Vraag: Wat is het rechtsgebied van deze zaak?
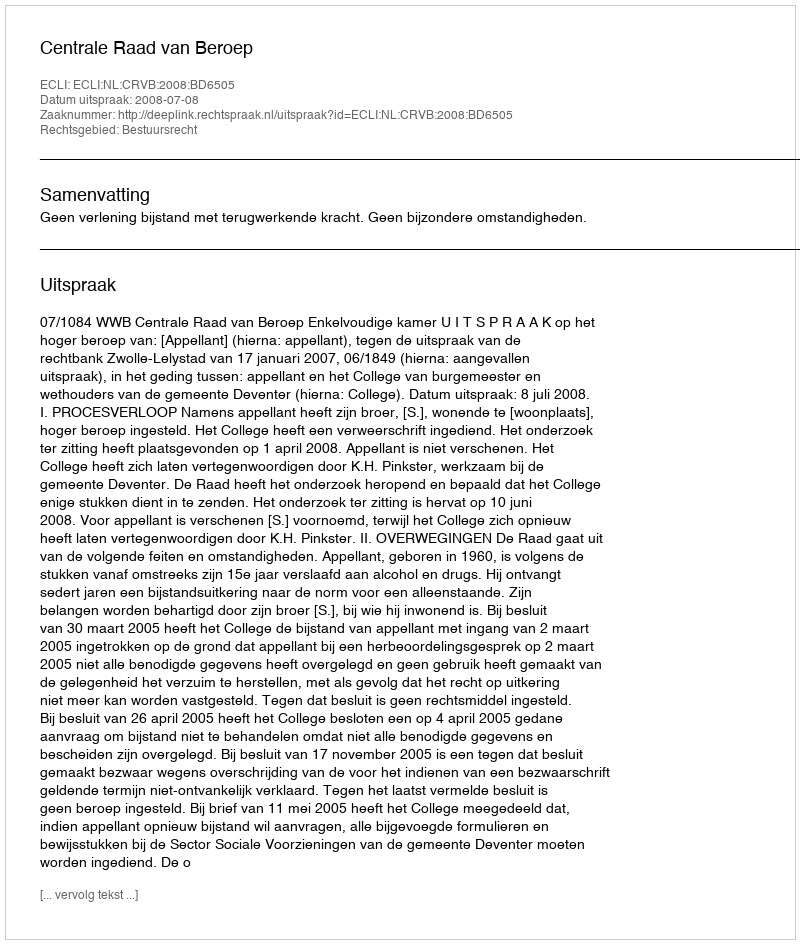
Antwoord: Bestuursrecht